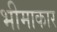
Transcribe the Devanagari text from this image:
भीमाकार